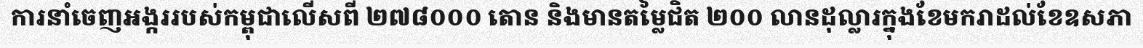
ការនាំចេញអង្កររបស់កម្ពុជាលើសពី ២៧៨០០០ តោន និងមានតម្លៃជិត ២០០ លានដុល្លារក្នុងខែមករាដល់ខែឧសភា